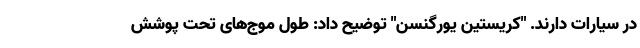
در سیارات دارند. "کریستین یورگنسن" توضیح داد: طول موج‌های تحت پوشش